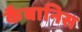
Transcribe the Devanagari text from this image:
कैबानिस